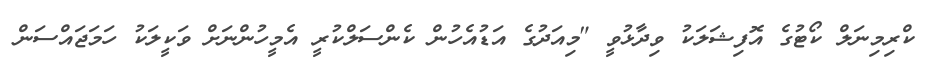
ކްރިމިނަލް ކޯޓުގެ އޮފިޝަލަކު ވިދާޅުވީ "މިއަދުގެ އަޑުއެހުން ކެންސަލްކުރީ އެމީހުންނަށް ވަކީލަކު ހަމަޖައްސަން